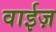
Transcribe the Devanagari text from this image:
वाईज़